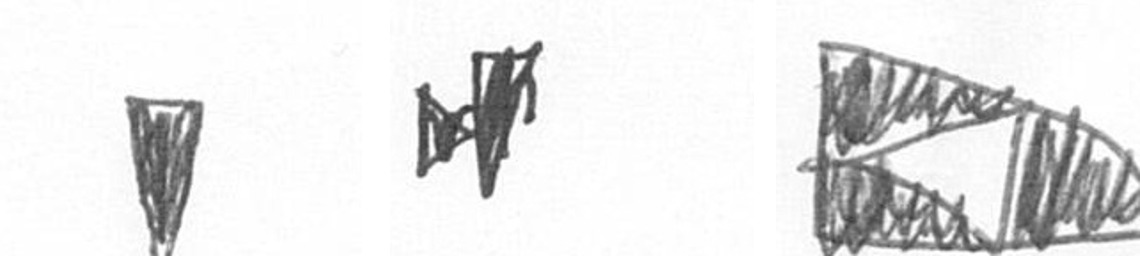
J M K